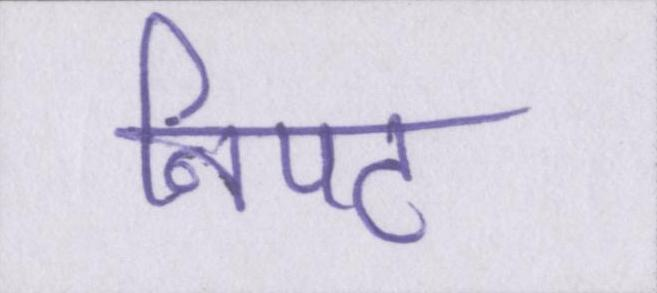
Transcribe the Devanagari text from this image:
निपट